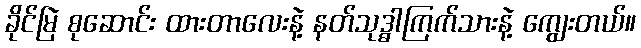
ခိုင်မြဲ စုဆောင်း ထားတာလေးနဲ့ နတ်သုဒ္ဓါကြက်သားနဲ့ ကျွေးတယ်။